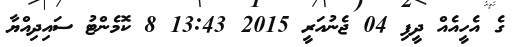
ގެ އެހީއެއް ދީފި 04 ޖެނުއަރީ 2015 13:43 8 ކޮމެންޓު ސައިދިއްޔާ